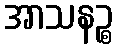
အာသနဉ္စ